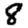
Digit: 8